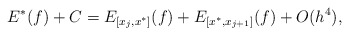
\begin{align*}E^*(f)+C=E_{[x_j,x^*]}(f)+E_{[x^*,x_{j+1}]}(f)+O(h^4),\end{align*}